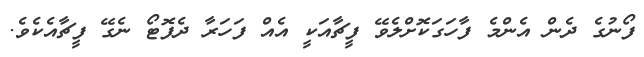
ފޯނުގެ ދެން އެންމެ ފާހަގަކޮށްލެވޭ ފީޗާއަކީ އެއް ފަހަރާ ދެފޮޓޯ ނެގޭ ފީޗާއެކެވެ.